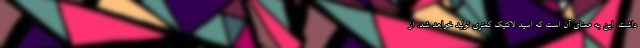
داشت. این به معنای آن است که اسید لاکتیک کمتری تولید خواهد شد. از